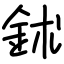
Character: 鉥